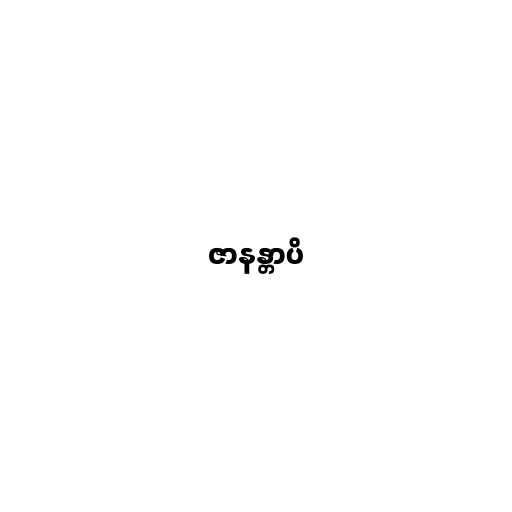
ဇာနန္တာပိ